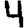
Digit: 4